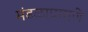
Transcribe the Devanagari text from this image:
मंडळाप्रमाणे